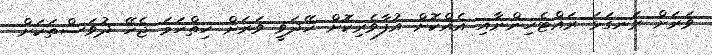
ވަރަށް ރަނގަޅަ ރައްޓެހިންނާއި އެއްކޮށް އުފާވެރިކޮށް ހޭދަވީ ވަރަށް ހިތްހަމަ ޖެހޭ ދުވަސްތަކަށް